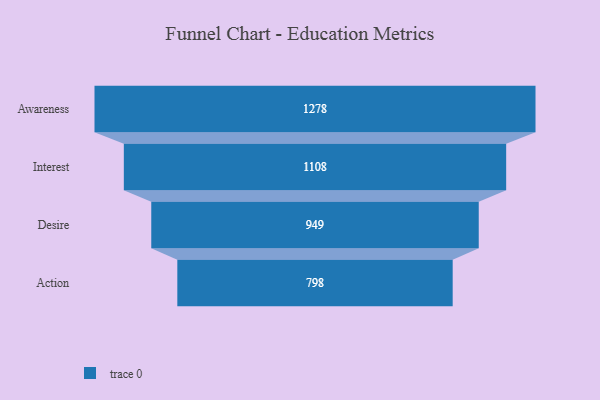
{"axis": {"x": "Stage", "y": "Value"}, "legend": [""], "data": [{"x": "Awareness", "y": 1278.0, "type": ""}, {"x": "Interest", "y": 1108.0, "type": ""}, {"x": "Desire", "y": 949.0, "type": ""}, {"x": "Action", "y": 798.0, "type": ""}]}